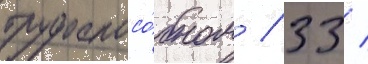
трудоспосо́бном / 33 /